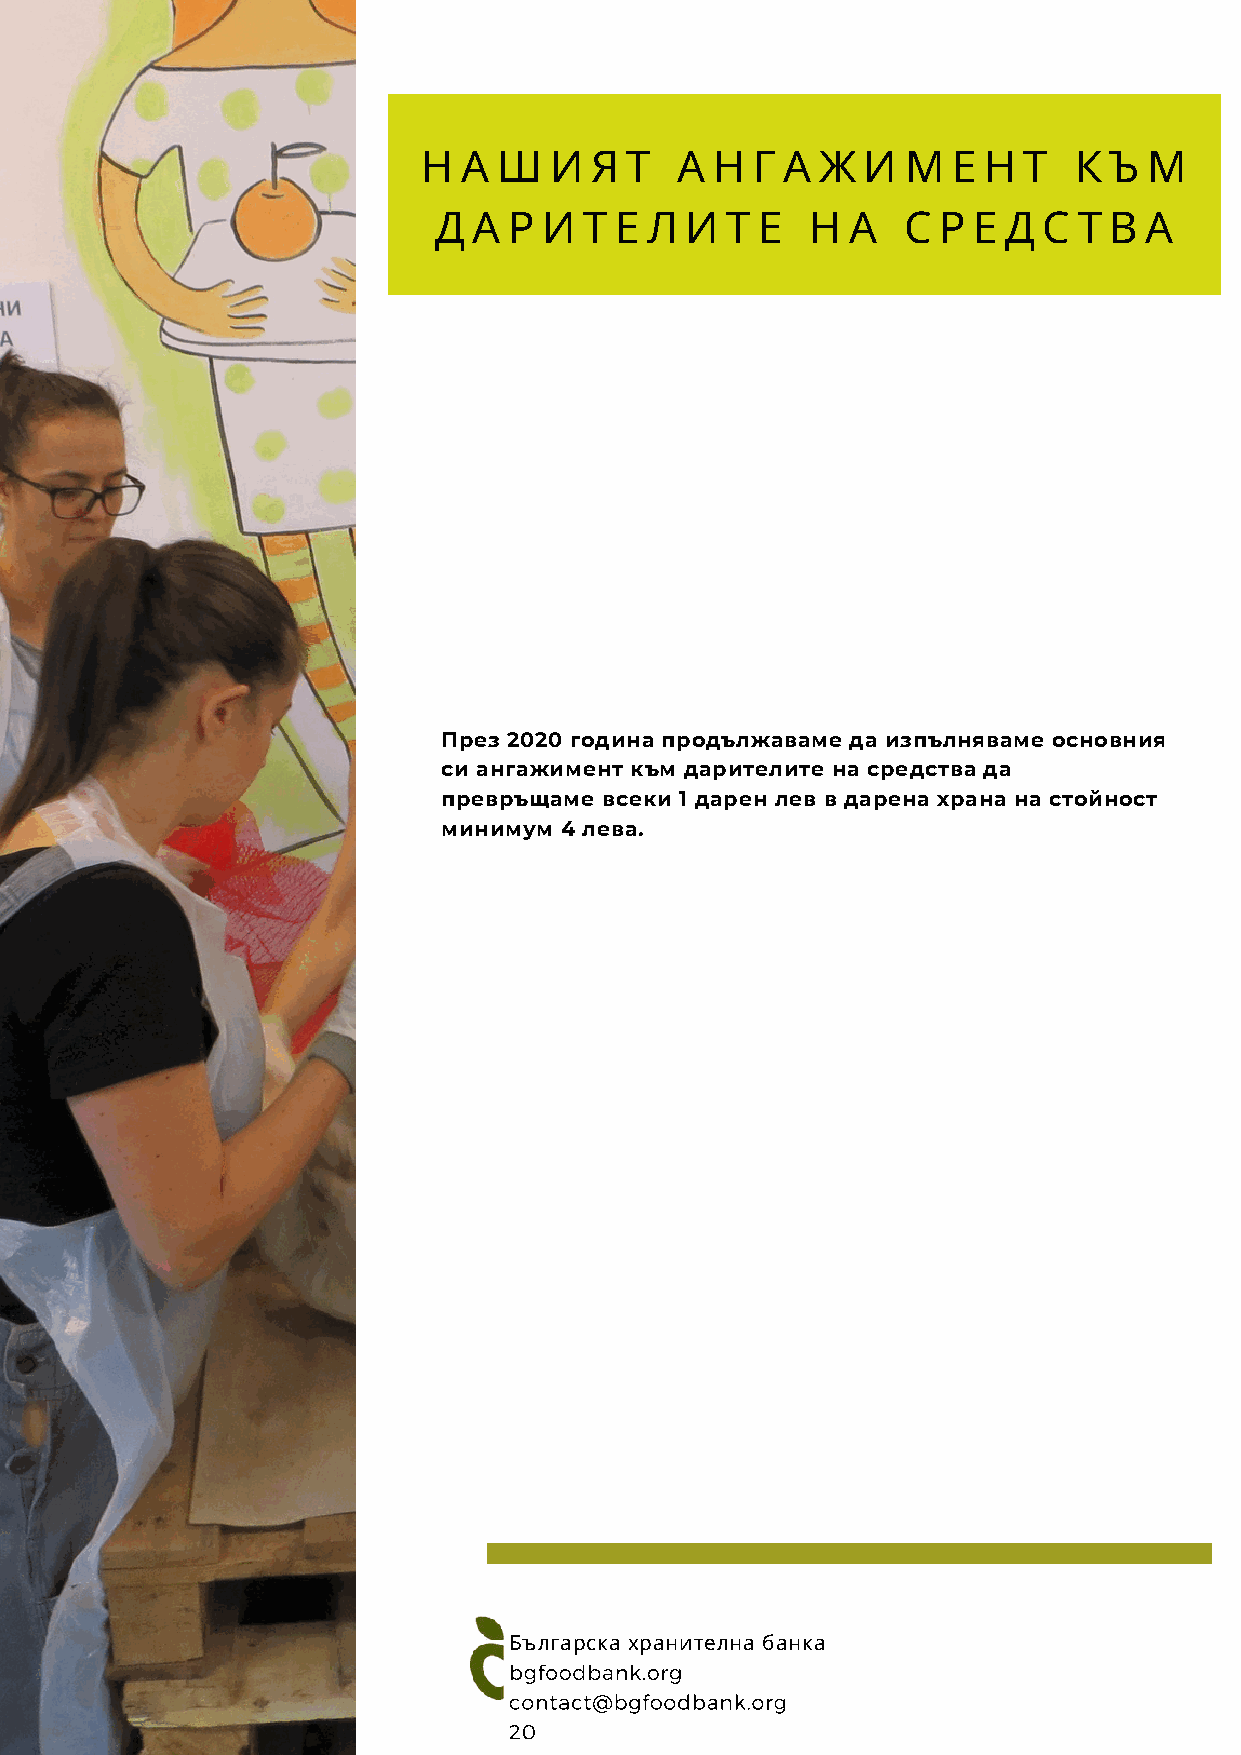
Н  А Ш  И  Я Т   А Н  Г А Ж  И  М  Е Н  Т  К Ъ  М
 Д А  Р И  Т Е Л И  Т Е   Н А   С Р Е  Д С Т В  А
 През 2020 година продължаваме да изпълняваме основния
 си ангажимент към дарителите на средства да
 превръщаме всеки 1 дарен лев в дарена храна на стойност
 минимум 4 лева.
 Българска хранителна банка
 bgfoodbank.org
 contact@bgfoodbank.org
 20